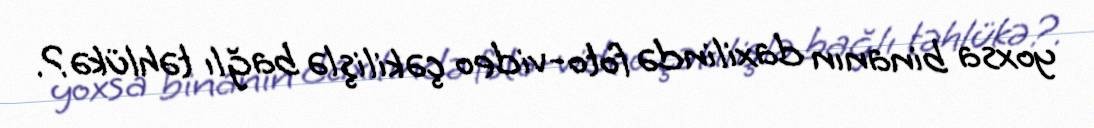
yoxsa binanın daxilində foto-video çəkilişlə bağlı təhlükə?.